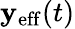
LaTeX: \mathbf{y}_{\mathrm{{eff}}}(t)